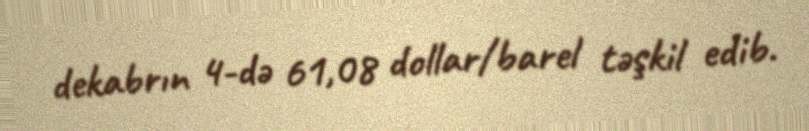
dekabrın 4-də 61,08 dollar/barel təşkil edib.